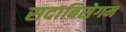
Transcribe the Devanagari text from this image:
सदाबिसेगम